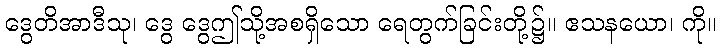
ဒွေတိအာဒီသု၊ ဒွေ ဒွေဤသို့အစရှိသော ရေတွက်ခြင်းတို့၌။ ဧသနယော၊ ကို။